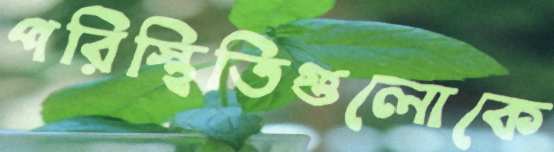
পরিস্থিতিগুলোকে